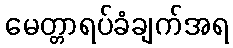
မေတ္တာရပ်ခံချက်အရ